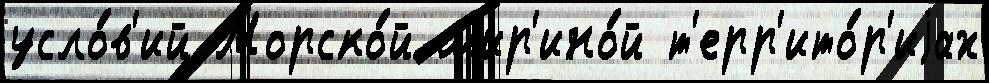
усло́в'ий Морско́й шир'ино́й т'ерр'ито́р'иjах